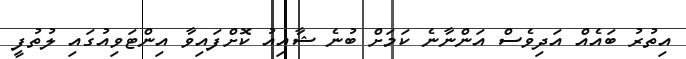
އިތުރު ބައެއް އަދިވެސް އަންނާނެ ކަމަށް ބުނެ ޝާއިއު ކޮށްފައިވާ އިންޓަވިއުގައި ލުތުފީ